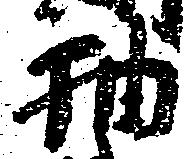
抽